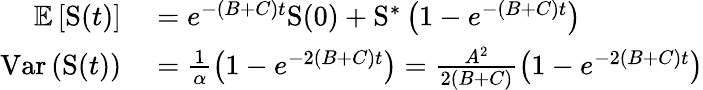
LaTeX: \begin{array}{rl}{\mathbb{E}\left[\mathrm{S}(t)\right]}&{{}=e^{-(B+C)t}\mathrm{S}(0)+\mathrm{S}^{\ast}\left(1-e^{-(B+C)t}\right)}\\ {\mathrm{Var}\left(\mathrm{S}(t)\right)}&{{}=\frac{1}{\alpha}\left(1-e^{-2(B+C)t}\right)=\frac{A^{2}}{2(B+C)}\left(1-e^{-2(B+C)t}\right)}\end{array}